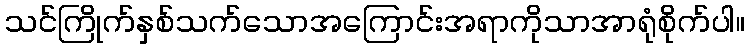
သင်ကြိုက်နှစ်သက်သောအကြောင်းအရာကိုသာအာရုံစိုက်ပါ။